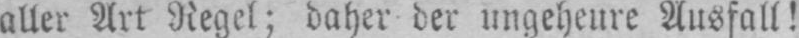
aller Art Regel; daher der ungeheure Ausfall!